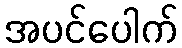
အပင်ပေါက်